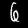
Digit: 6